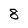
Character: 8